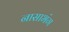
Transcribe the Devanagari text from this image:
नासाभंग